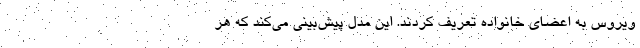
ویروس به اعضای خانواده تعریف کردند. این مدل پیش‌بینی می‌کند که هر